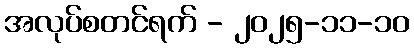
အလုပ်စတင်ရက် - ၂၀၂၅-၁၁-၁၀